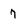
Character: 7